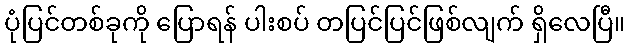
ပုံပြင်တစ်ခုကို ပြောရန် ပါးစပ် တပြင်ပြင်ဖြစ်လျက် ရှိလေပြီ။